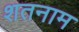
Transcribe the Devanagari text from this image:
शतनाम